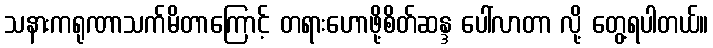
သနားကရုဏာသက်မိတာကြောင့် တရားဟောဖို့စိတ်ဆန္ဒ ပေါ်လာတာ လို့ တွေ့ရပါတယ်။